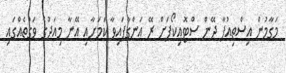
މަގާމުން އިސްތިއުފާ ދޭން ސްޓޮއިކޯފަށް ރޭ އަންގާފައިވާ ކަމަށާއި އޭނާ މިއަދުގެ ވަގުތެއްގައި